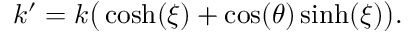
\begin{array} { r } { k ^ { \prime } = k \big ( \cosh ( \xi ) + \cos ( \theta ) \sinh ( \xi ) \big ) . } \end{array}